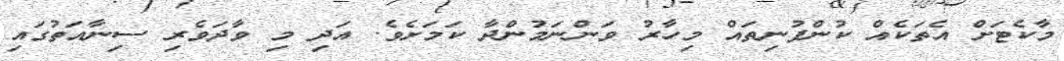
މާކެޓަށް އެތަކެއް ކުންފުނިތައް މިހާރު ވަންނަމުންދާ ކަމަށެވެ. އަދި މި ވާދަވެރި ސިނާއަތުގައި